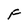
Character: F